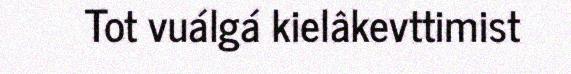
Tot vuálgá kielâkevttimist